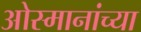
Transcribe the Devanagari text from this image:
ओस्मानांच्या